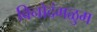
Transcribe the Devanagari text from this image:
विनोदंगळुम